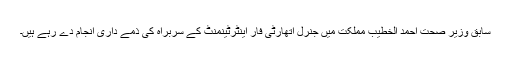
سابق وزیر صحت احمد الخطیب مملکت میں جنرل اتھارٹی فار اینٹرٹینمنٹ کے سربراہ کی ذمے داری انجام دے رہے ہیں۔